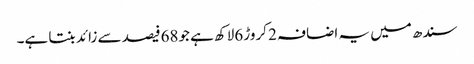
سندھ میں یہ اضافہ 2 کروڑ 6لاکھ ہے جو68فیصد سے زائد بنتا ہے۔